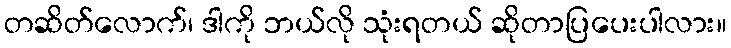
တဆိတ်လောက်၊ ဒါကို ဘယ်လို သုံးရတယ် ဆိုတာပြပေးပါလား။